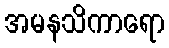
အမနသိကာရော